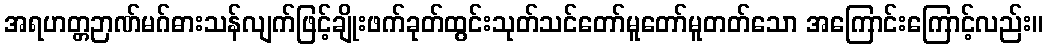
အရဟတ္တဉာဏ်မဂ်ဓားသန်လျက်ဖြင့်ချိုးဖက်ခုတ်ထွင်းသုတ်သင်တော်မူတော်မူတတ်သော အကြောင်းကြောင့်လည်း။